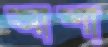
আশা